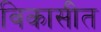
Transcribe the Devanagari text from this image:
विकासीत